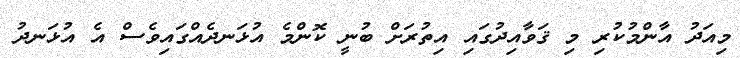
މިއަދު އާންމުކުރި މި ޤަވާއިދުގައި އިތުރަށް ބުނީ ކޮންމެ އުޅަނދެއްގައިވެސް އެ އުޅަނދު